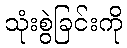
သုံးစွဲခြင်းကို